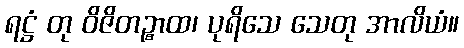
ရဋ္ဌံ တု ဝိဇိတဉ္စာထ၊ ပုရိသေ သေတု အာလိယံ။